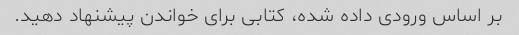
بر اساس ورودی داده شده، کتابی برای خواندن پیشنهاد دهید.